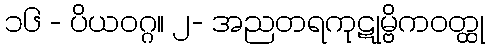
၁၆ - ပိယဝဂ္ဂ။ ၂- အညတရကုဋုမ္ဗိကဝတ္ထု